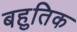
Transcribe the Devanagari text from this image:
बहुतिक